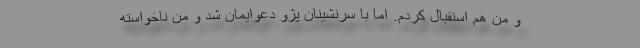
و من هم استقبال کردم. اما با سرنشینان پژو دعوایمان شد و من ناخواسته